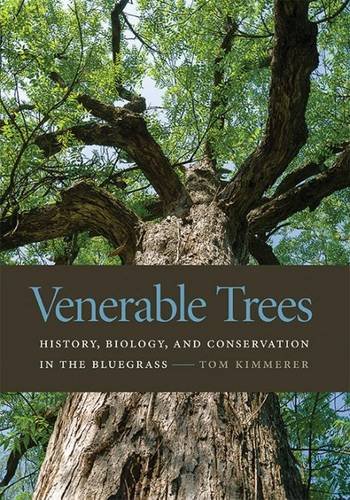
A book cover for Venerable Trees: History, Biology, and Conservation in the Bluegrass; Tom Kimmerer; Science & Math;